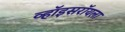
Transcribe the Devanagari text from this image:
व्हॉइसरॉयला